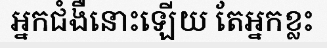
អ្នកជំងឺនោះឡើយ តែអ្នកខ្លះ